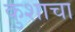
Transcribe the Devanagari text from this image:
कुशाचा